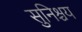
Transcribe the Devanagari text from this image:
सुनिश्चय